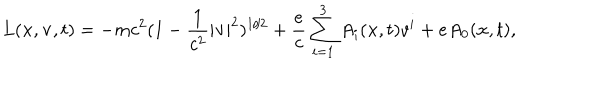
L ( { \bf x } , { \bf v } , t ) = - m c ^ { 2 } ( 1 - \frac { 1 } { c ^ { 2 } } | { \bf v } | ^ { 2 } ) ^ { 1 / 2 } + \frac { e } { c } \sum _ { i = 1 } ^ { 3 } A _ { i } ( { \bf x } , t ) v ^ { i } + e A _ { 0 } ( { \bf x } , t ) ,